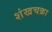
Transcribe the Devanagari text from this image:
शंखचक्रा